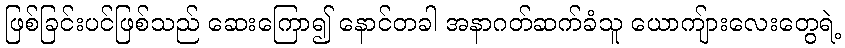
ဖြစ်ခြင်းပင်ဖြစ်သည် ဆေးကြော၍ နောင်တခါ အနာဂတ်ဆက်ခံသူ ယောကျ်ားလေးတွေရဲ့